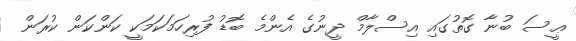
ޢީސަ ބުނާ ގޮތުގައި އިސްލާމް ދީނުގެ އެންމެ ބޮޑު ފުރިހަމަކަމަކީ ކަންކަން ކުރަން